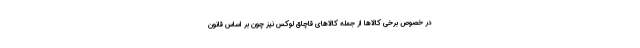
در خصوص برخی کالاها از جمله کالاهای قاچاق لوکس نیز چون بر اساس قانون